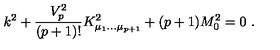
k ^ { 2 } + { \frac { V _ { p } ^ { 2 } } { ( p + 1 ) ! } } K _ { \mu _ { 1 } \dots \mu _ { p + 1 } } ^ { 2 } + ( p + 1 ) M _ { 0 } ^ { 2 } = 0 \ .